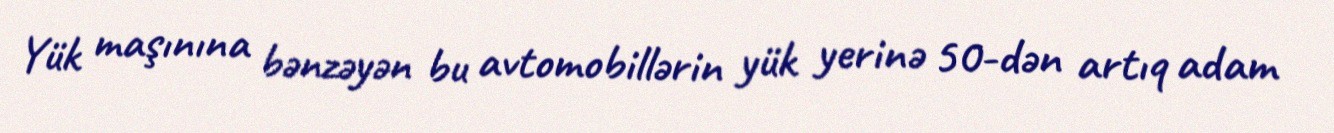
Yük maşınına bənzəyən bu avtomobillərin yük yerinə 50-dən artıq adam